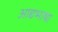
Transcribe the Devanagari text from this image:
आद्यभाषा